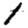
Digit: 1